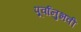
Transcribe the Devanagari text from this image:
पूर्वानुभवी